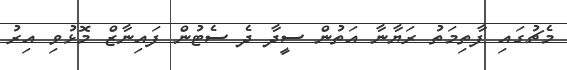
މެޗުގައި ފާތިމަތު ރަޔާނާ އަތުން ސީދާ ދެ ސެޓުން ފައިނާޒް މޮޅުވި އިރު